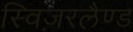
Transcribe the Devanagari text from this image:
स्विज़रलैण्ड